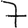
Digit: 7